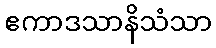
ဧကာဒသာနိသံသာ